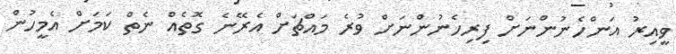
ވީއިރު އަންހެނުންނަށް ފިރިހެނުންނަށް ވުރެ މައްޗަށް އެރޭނެ ގޮތެއް ނެތް ކަމަށް އެމީހުން